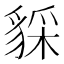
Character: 𧳥